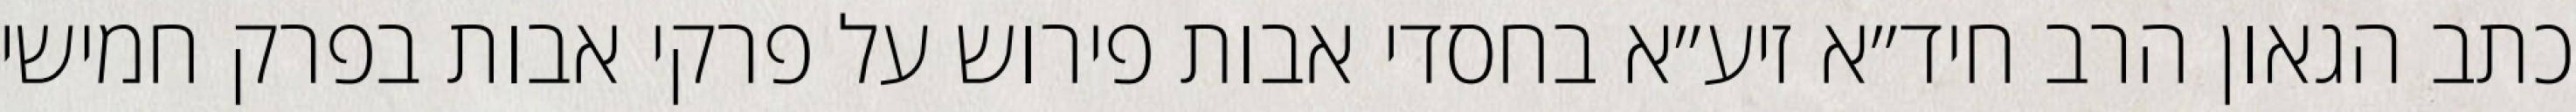
כתב הגאון הרב חיד״א זיע״א בחסדי אבות פירוש על פרקי אבות בפרק חמישי